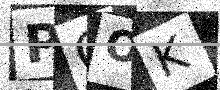
Text: PCOK